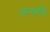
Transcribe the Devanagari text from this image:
अन्तर्बोध